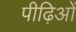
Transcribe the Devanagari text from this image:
पीढ़िओं